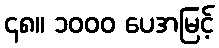
၄၈။ ၁၀၀၀ ပေအမြင့်